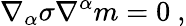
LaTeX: \nabla_{\alpha}\sigma\nabla^{\alpha}m=0~,